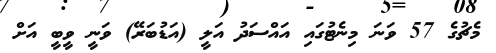
މެޗުގެ 57 ވަނަ މިނެޓުގައި އައްސަދު އަލީ (އަޑުބަރޭ) ވަނީ ވީބީ އަށް